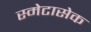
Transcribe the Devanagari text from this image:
स्मेटासेक